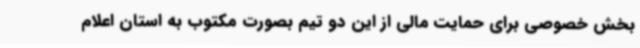
بخش خصوصی برای حمایت مالی از این دو تیم بصورت مکتوب به استان اعلام